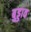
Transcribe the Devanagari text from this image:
बुड्डाव